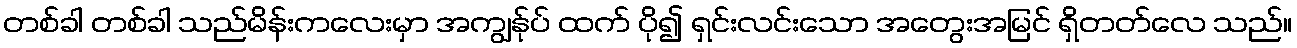
တစ်ခါ တစ်ခါ သည်မိန်းကလေးမှာ အကျွန်ုပ် ထက် ပို၍ ရှင်းလင်းသော အတွေးအမြင် ရှိတတ်လေ သည်။